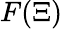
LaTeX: F(\Xi)